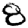
Digit: 8